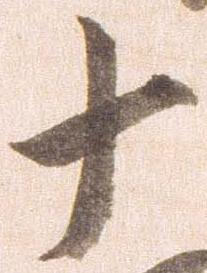
十